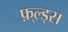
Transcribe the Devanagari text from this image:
फ़्ल्ड्स